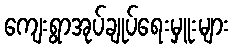
ကျေးရွာအုပ်ချုပ်ရေးမှူးများ